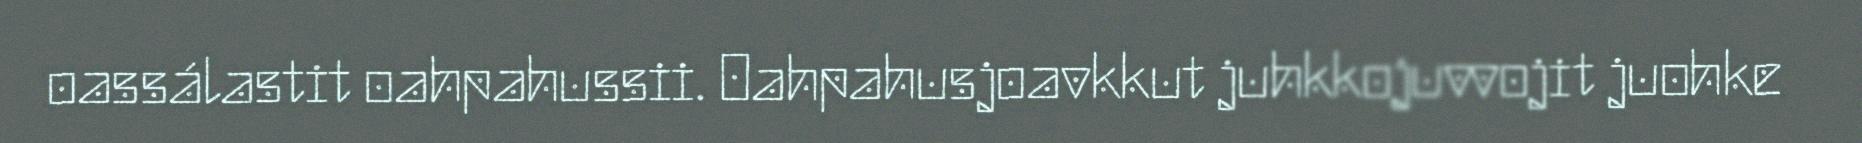
oassálastit oahpahussii. Oahpahusjoavkkut juhkkojuvvojit juohke